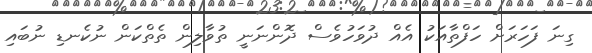
ގިނަ ފަހަރަށް ހަފްތާއަކު އެއް ދުވަހުވެސް ދޮންނަނީ ތުވާލިން ތެތްކަން ނުކެނޑި ނުބައި